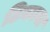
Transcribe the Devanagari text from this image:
टिकावा